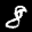
Label: 8